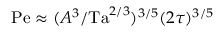
\mathrm { P e } \approx ( A ^ { 3 } / \mathrm { T a } ^ { 2 / 3 } ) ^ { 3 / 5 } ( 2 \tau ) ^ { 3 / 5 }